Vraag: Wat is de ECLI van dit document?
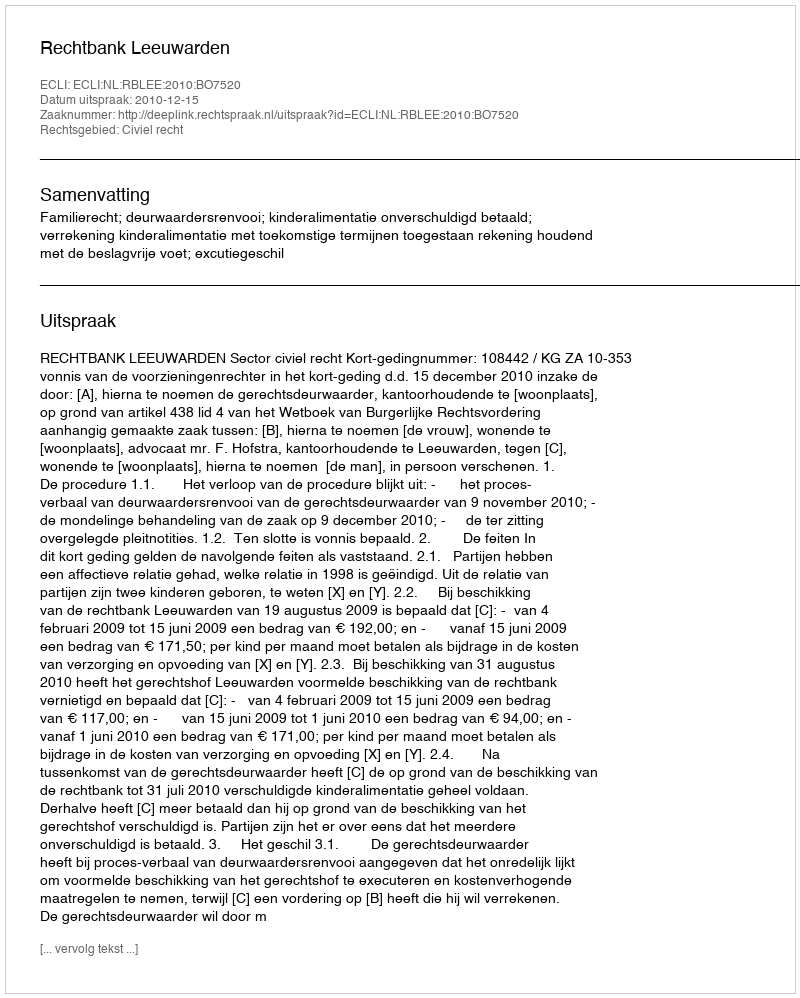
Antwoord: ECLI:NL:RBLEE:2010:BO7520